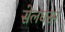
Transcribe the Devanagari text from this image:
सेलघरम